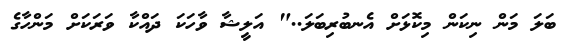
ބަލަ މަން ނިކަން މިކޮޅަށް އެނބުރިބަލަ.." އަލީޝާ ވާހަކަ ދައްކާ ވަރަކަށް މަންހާގެ